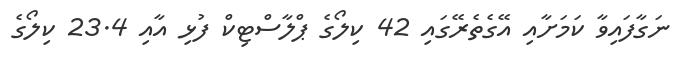
ނަގާފައިވާ ކަމަށާއި އޭގެތެރޭގައި 42 ކިލޯގެ ޕްލާސްޓިކް ފުޅި އާއި 23.4 ކިލޯގެ